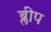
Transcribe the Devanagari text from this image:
ब्लीप